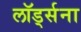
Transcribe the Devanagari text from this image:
लॉर्ड्सना